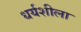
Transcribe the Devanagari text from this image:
धर्यशीला